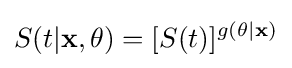
S(t|\mathbf {x} ,\mathbf {\theta } )=[S(t)]^{g(\mathbf {\theta } |\mathbf {x} )}